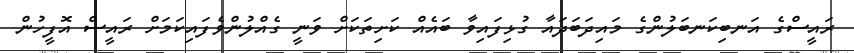
ރައީސްގެ އަނބިކަނބަލުންގެ މައިދަބަދައާ ގުޅިފައިވާ ބައެއް ކަށިތަކަށް ވަނީ ގެއްލުންވެފައިކަމަށް ރައީސް އޮފީހުން